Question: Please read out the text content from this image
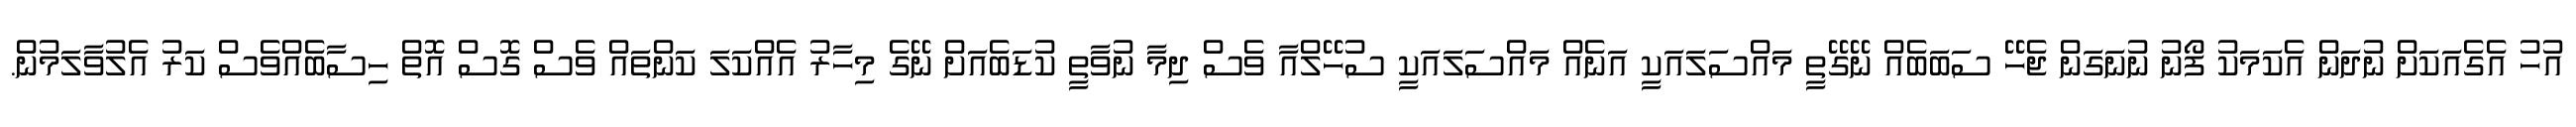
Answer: އުހު އެގެއަކަށް ނުދަން އެކަމަކު ފޯނު ނުނަގަން ޖެހޭ ސަބަބެއް ނޭގޭތީ މައްސަލައަކީ އަނެއް މައްސަލައަކީ ސުހޭލްއާ ވެސް ދިމާ ނުވާތީ ކުޑަބެއަށް ނޭގެ މިހާރު އެއްކަލަ ކަންތައް ވެސް ގޮސް އޮތް ހިސާބެއްވެސް ކަރު އެލުވާލަމުން.